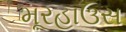
મૂરહાઉસ